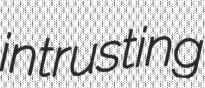
intrusting